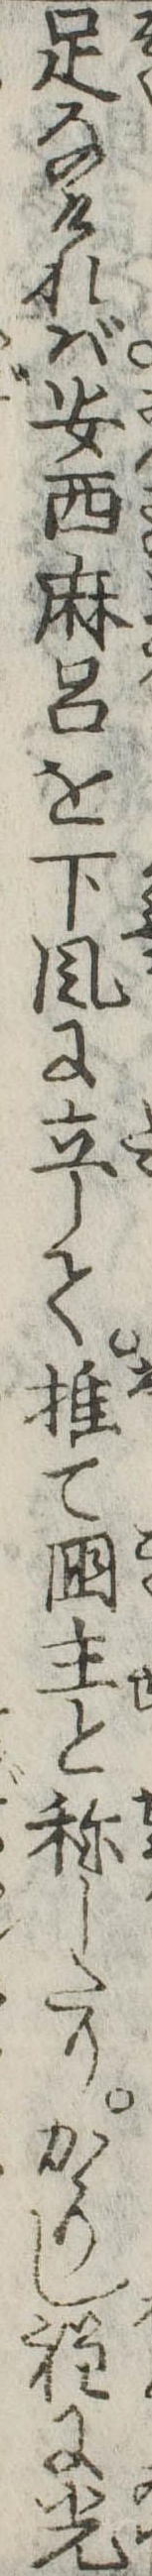
足なければ安西麻呂を下風に立して推て国主と称したりかゝりし程に光